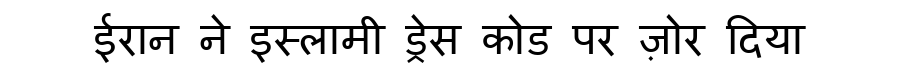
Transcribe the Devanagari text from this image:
ईरान ने इस्लामी ड्रेस कोड पर ज़ोर दिया